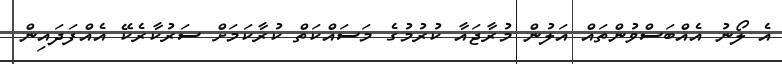
އެ ލޯނު އެއްބަސްވުންތައް އަލުން މުރާޖައާ ކުރުމުގެ މަސައްކަތް ކުރާކަމަށް ސަރުކާރެކޭ އެއްފަދައިން